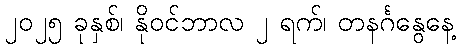
၂၀၂၅ ခုနှစ်၊ နိုဝင်ဘာလ ၂ ရက်၊ တနင်္ဂနွေနေ့